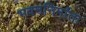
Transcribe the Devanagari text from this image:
भवननिर्माता